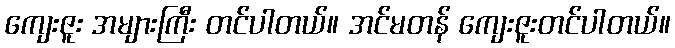
ကျေးဇူး အများကြီး တင်ပါတယ်။ အင်မတန် ကျေးဇူးတင်ပါတယ်။